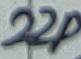
Text: 22p